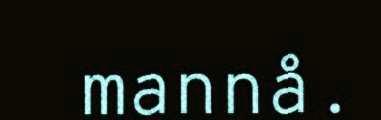
mannå.